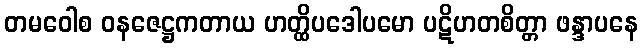
တမဝေါစ ဝနဇေဋ္ဌကတာယ ဟတ္ထိပဒေါပမော ပဋိဟတစိတ္တာ ဖန္ဒာပနေ